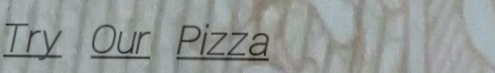
Try Our Pizza